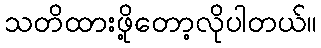
သတိထားဖို့တော့လိုပါတယ်။